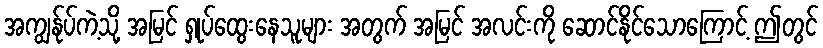
အကျွန်ုပ်ကဲ့သို့ အမြင် ရှုပ်ထွေးနေသူများ အတွက် အမြင် အလင်းကို ဆောင်နိုင်သောကြောင့် ဤတွင်